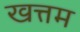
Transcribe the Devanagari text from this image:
खत्तम